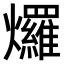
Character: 𤓓